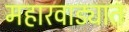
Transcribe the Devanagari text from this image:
महारवाड्यात